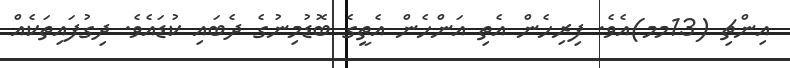
އިންޗި (13މމ)އެވެ. ފިރިހެން އެތި އަންހެން އެތީގެ ބޮޑުމިނުގެ ދެބައި ކުޑައެވެ. ދިގުފައިތަކެއް